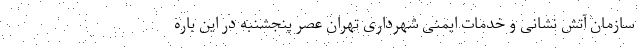
سازمان آتش نشانی و خدمات ایمنی شهرداری تهران عصر پنجشنبه در این باره